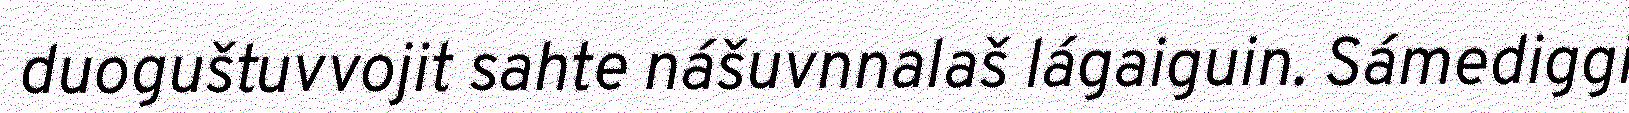
duoguštuvvojit sahte nášuvnnalaš lágaiguin. Sámediggi